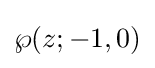
\wp (z;-1,0)